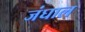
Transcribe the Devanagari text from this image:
जंघाल